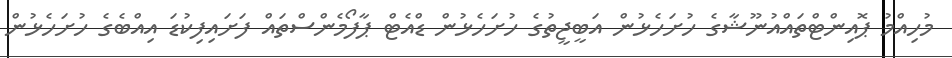
މުހިއްމު ޕޮއިންޓްތައްއުނޫޝާގެ ހުށަހެޅުން އަބީޖީތުގެ ހުށަހެޅުން ޑްއެޓް ޕާފޯމެންސްތައް ފަށައިފިކުޑަ އިއްބެގެ ހުށަހެޅުން